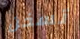
تسخن